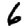
Digit: 6